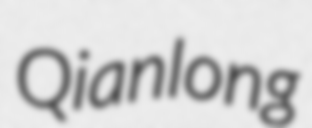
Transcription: Qianlong